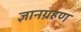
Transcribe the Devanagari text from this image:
ज्ञानग्रहण